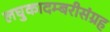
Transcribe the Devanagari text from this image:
लघुकादम्बरीसंग्रह